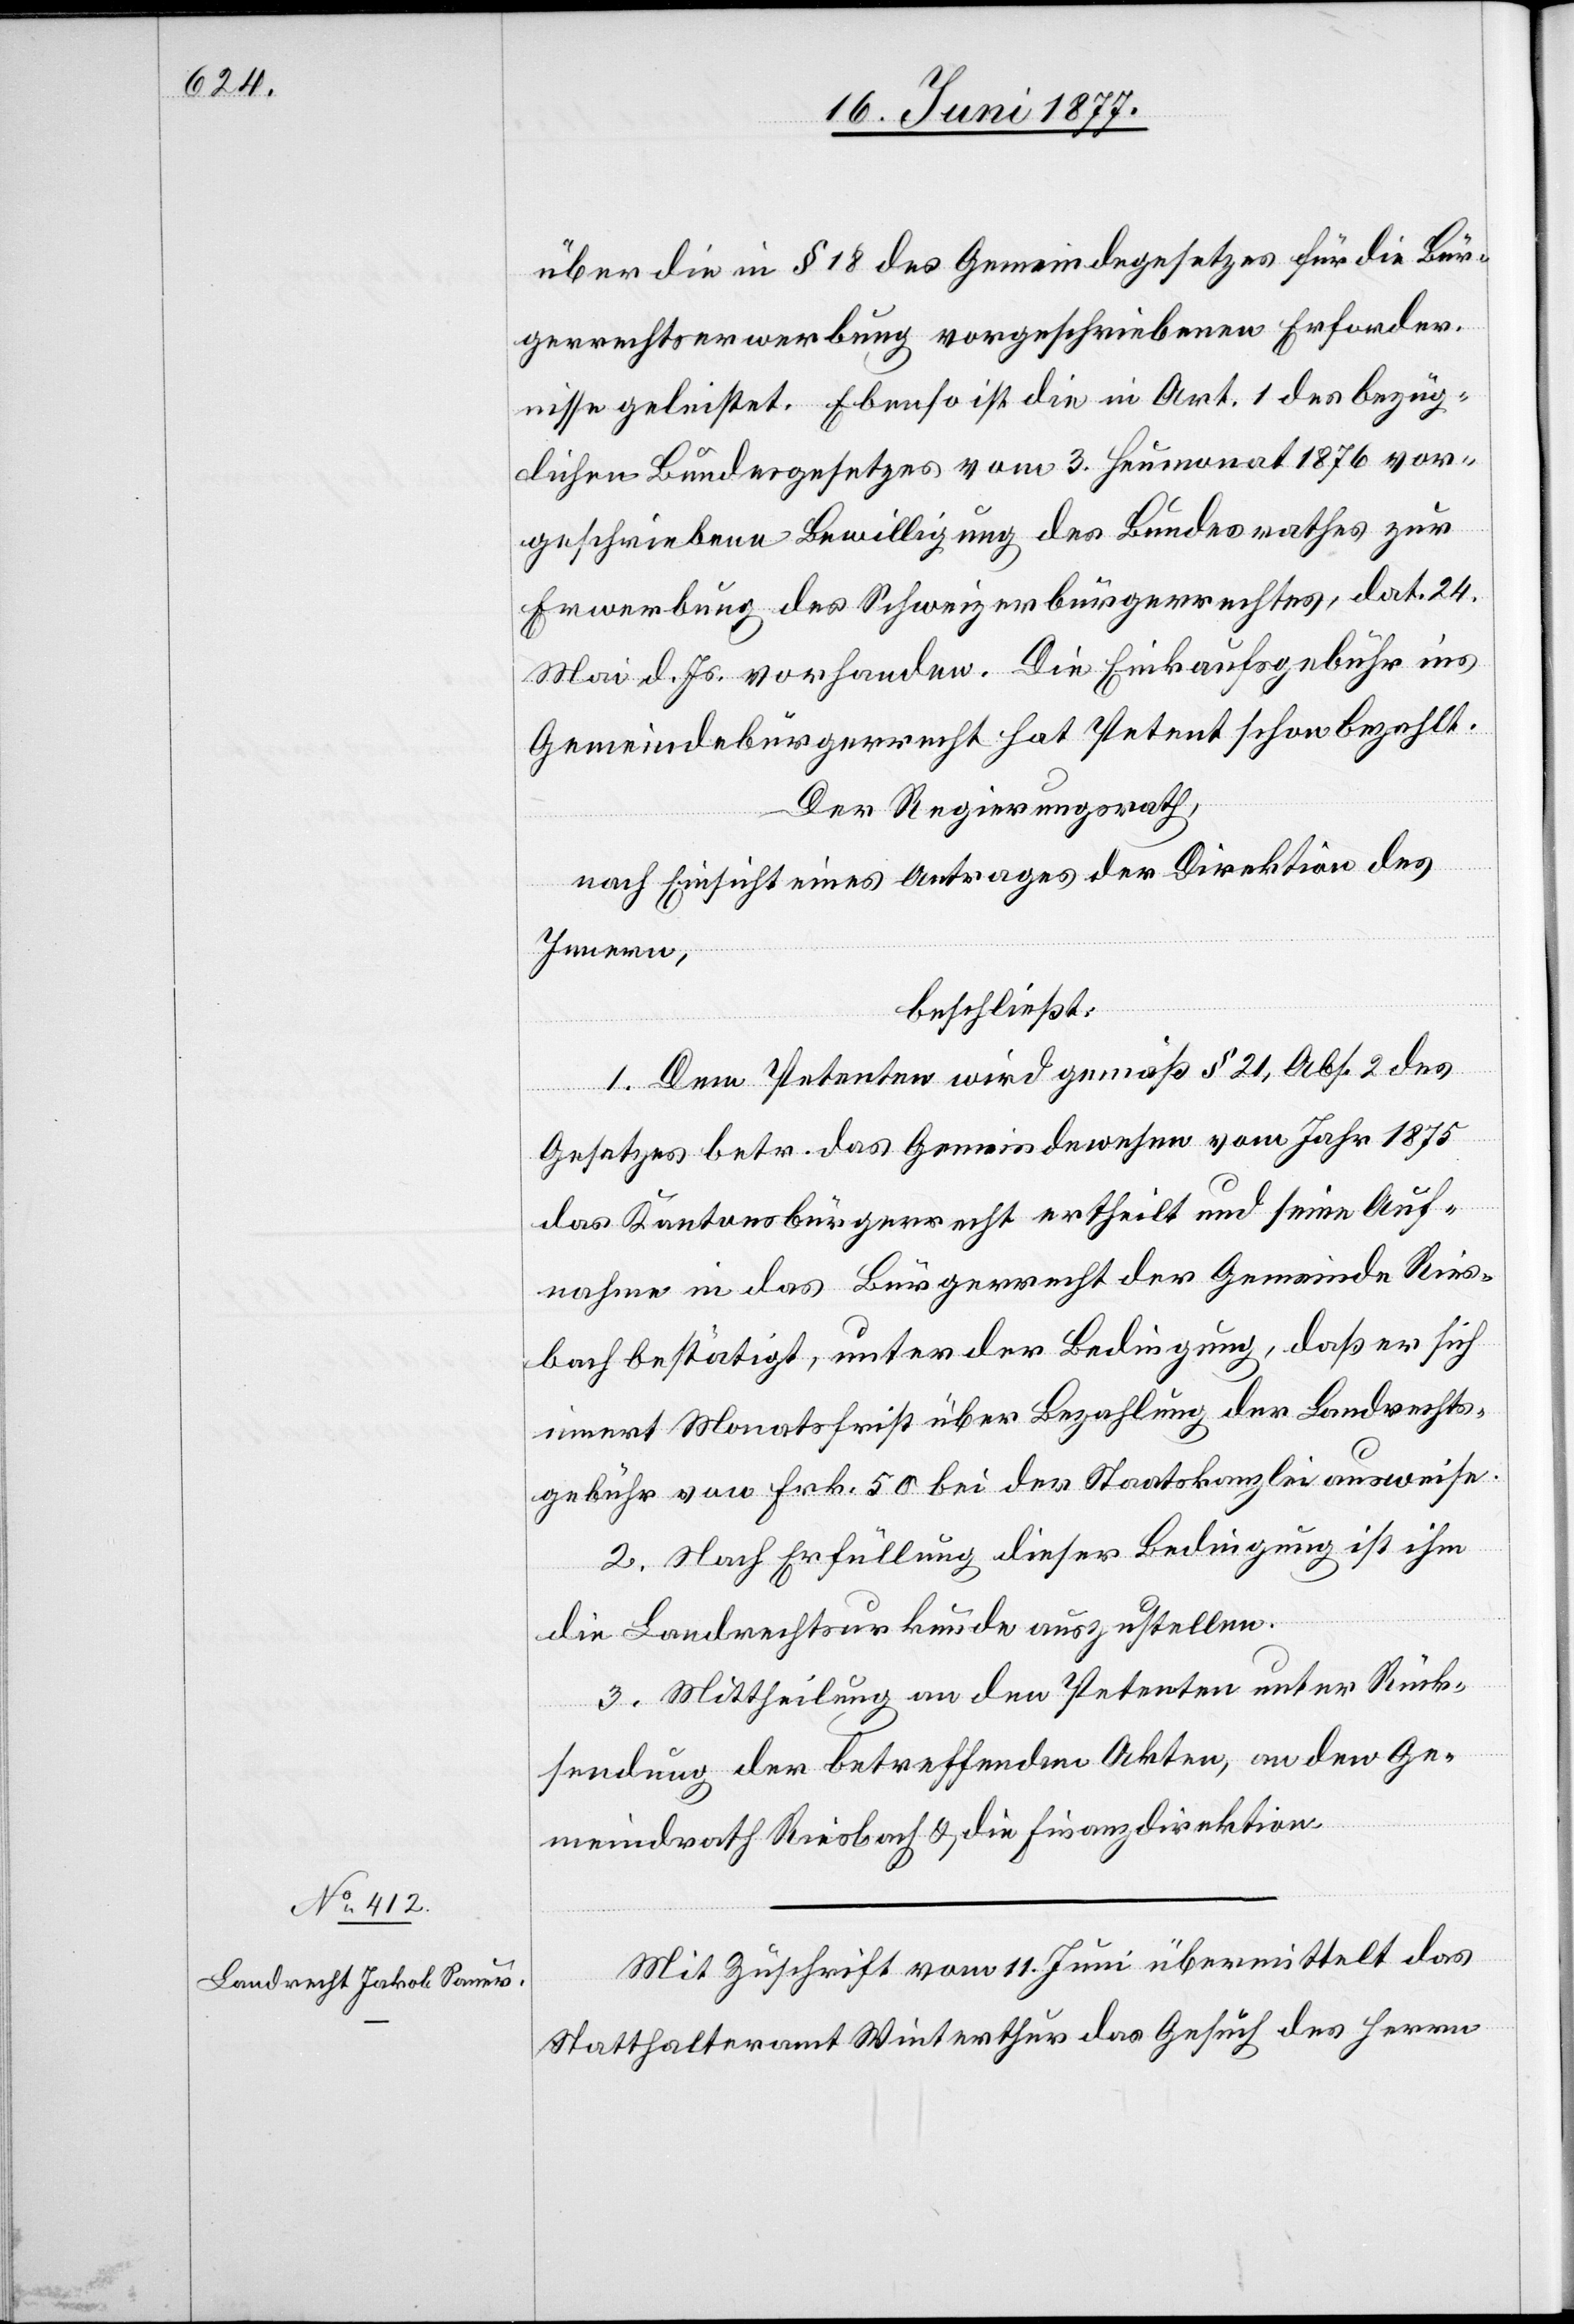
über die in § 18 des Gemeindesgesetzes für die Bür¬
gerrechtserwerbung vorgeschriebenen Erforder¬
nisse geleistet. Ebenso ist die in Art. 1 des bezüg¬
lichen Bundesgesetzes vom 3. Heumonat 1876 vor¬
geschriebene Bewilligung des Bundesrathes zur
Erwerbung des Schweizerbürgerrechtes, dat. 24.
Mai d. Js. vorhanden. Die Einkaufsgebühr ins
Gemeindebürgerrecht hat Petent schon bezahlt.
Der Regierungsrath,
nach Einsicht eines Antrages der Direktion des
Innern,
beschließt:
1. Dem Petenten wird gemäß § 21, Abs. 2 des
Gesetzes betr. das Gemeindewesen vom Jahr 1875
das Kantonsbürgerrecht ertheilt und seine Auf¬
nahme in das Bürgerrecht der Gemeinde Ries¬
bach bestätigt, unter der Bedingung, daß er sich
innert Monatsfrist über Bezahlung der Landrechts¬
gebühr von Frk. 50 bei der Staatskanzlei ausweise.
2. Nach Erfüllung dieser Bedingung ist ihm
die Landrechtsurkunde auszustellen.
3. Mittheilung an den Petenten unter Rück¬
sendung der betreffenden Akten, an den Ge¬
meindrath Riesbach & die Finanzdirektion.
Mit Zuschrift vom 11. Juni übermittelt das
Statthalteramt Winterthur das Gesuch des Herrn